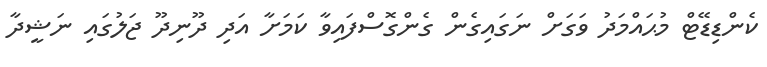
ކެންޑިޑޭޓް މުޙައްމަދު ވަގަށް ނަގައިގެން ގެންގޮސްފައިވާ ކަމަށާ އަދި ދޫނިދޫ ޖަލުގައި ނަޝީދާ